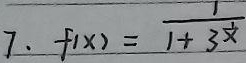
\(f(x)=\frac{1}{1 + 3^{\frac{1}{x}}}\)